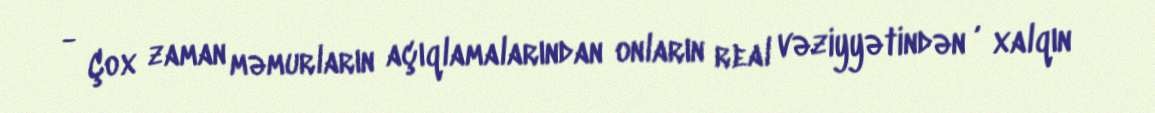
- Çox zaman məmurların açıqlamalarından onların real vəziyyətindən , xalqın